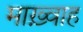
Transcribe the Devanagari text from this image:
माख़्वाह